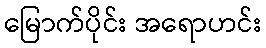
မြောက်ပိုင်း အရောဟင်း